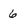
Character: 6